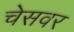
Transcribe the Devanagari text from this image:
चेसवर